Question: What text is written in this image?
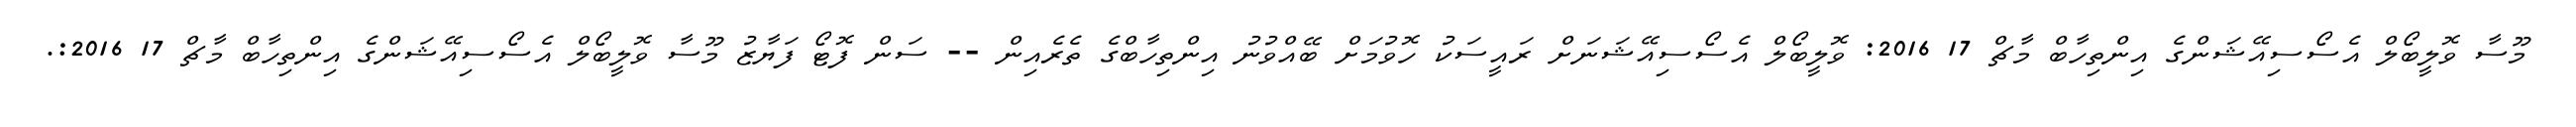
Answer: މޫސާ ވޮލީބޯލް އެސޯސިއޭޝަންގެ އިންތިހާބް މާޗް 17 2016: ވޮލީބޯލް އެސޯސިއޭޝަނަށް ރައީސަކު ހޮވުމަށް ބޭއްވުނު އިންތިހާބްގެ ތެރެއިން -- ސަން ފޮޓޯ ފަޔާޒު މޫސާ ވޮލީބޯލް އެސޯސިއޭޝަންގެ އިންތިހާބް މާޗް 17 2016:.